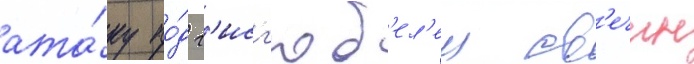
ата́ку по́д г'исг'юб'ел'ем св'ечин